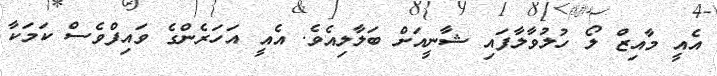
އެއީ މާއިޒް ލޯ ހުލުވާލާފައި ޝާނީއަށް ބަލާލިއެވެ. އެއީ އަހަރެންގެ ވައިފްވެސް ކަމަކާ